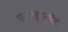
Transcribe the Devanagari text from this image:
एन्वाइरन्मेंट